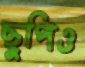
ছুপিও